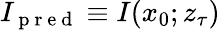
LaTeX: I_{\mathrm{~p~r~e~d~}}\equiv I(x_{0};z_{\tau})